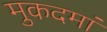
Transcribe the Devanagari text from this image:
मुकदमां